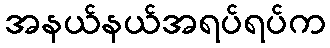
အနယ်နယ်အရပ်ရပ်က